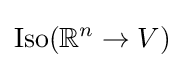
{\text{Iso}}(\mathbb {R} ^{n}\rightarrow V)